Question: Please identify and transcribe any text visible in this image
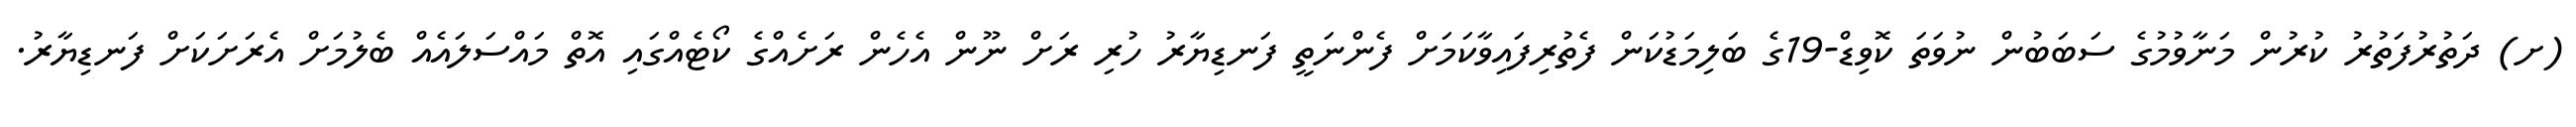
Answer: (ށ) ދަތުރުފަތުރު ކުރުން މަނާވުމުގެ ސަބަބުން ނުވަތަ ކޮވިޑް-19ގެ ބަލިމަޑުކަން ފެތުރިފައިވާކަމަށް ފެންނަތީ ފަނޑިޔާރު ހުރި ރަށް ނޫން އެހެން ރަށެއްގެ ކޯޓެއްގައި އޮތް މައްސަލައެއް ބެލުމަށް އެރަށަކަށް ފަނޑިޔާރު.